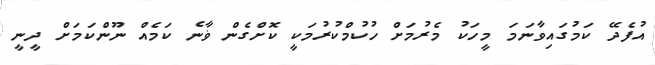
އުފެދޭ ކަމުގައިވާނަމަ މީހަކު މެރުމަށް ހުކުމްކުރުމަކީ ކޮށްގެން ޥާނެ ކަމެއް ނޫންކަމަށް ދީނީ